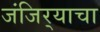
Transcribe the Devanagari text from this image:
जंजिर्‍याचा